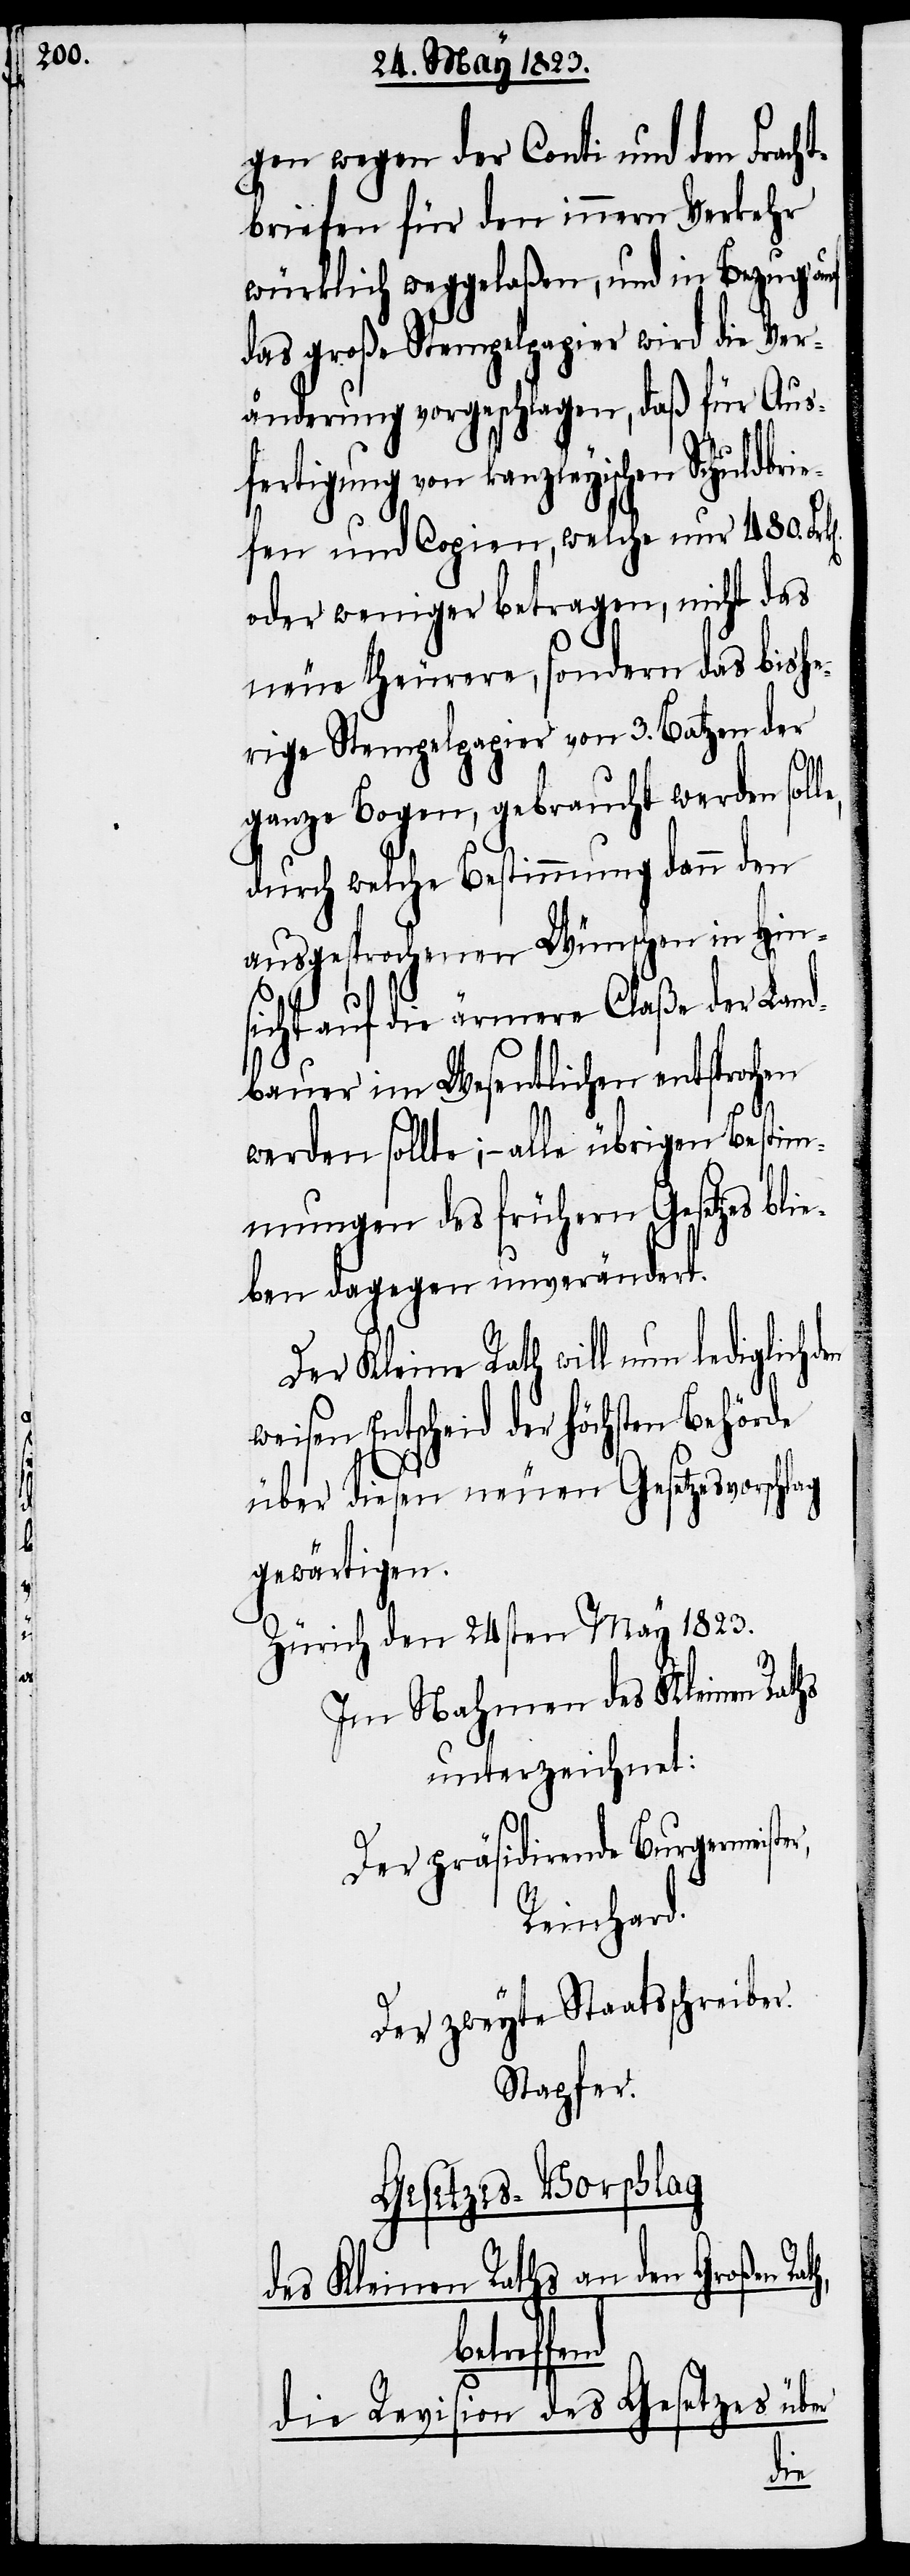
er,

gen wegen der Conti und den Fracht¬
briefen für den innern Verkehr
würklich weggelaßen, und in Bezug auf
das große Stempelpapier wird die Ver¬
änderung vorgeschlagen, daß für Aus¬
fertigung von kanzleyischen Schuldbri¬
efen und Copien, welche nur 480.
oder weniger betragen, nicht das
neue theurere, sondern das bishe¬
rige Stempelpapier von 3. Batzen der
ganze Bogen, gebraucht werden soll¬
durch welche Bestimmung dann den
ausgesprochenen Wünschen in Hin¬
sicht auf die ärmere Claße der Land¬
bauer im Wesentlichen entsprochen
werden sollte; – alle übrigen Bestim¬
mungen des frühern Gesetzes bli¬
eben dagegen unverändert.
Der Kleine Rath will nun lediglich
weisen Entscheid der höchsten Behörde
über diesen neuen Gesetzesvorschlag
gewärtigen.
Zürich den 24sten May 1823.
Im Nahmen des Kleinen Raths
unterzeichnet:
Der präsidirende Burgermeist¬
Reinhard.
Der zweyte Staatsschreiber.
Stapfer.
Gesetzes-Vorschlag
des Kleinen Raths an den Großen
Rath,
die Revision des Gesetzes über